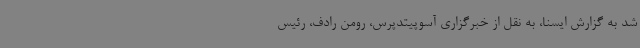
شد به گزارش ایسنا، به نقل از خبرگزاری آسوپیتدپرس، رومن رادف، رئیس